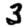
Digit: 3